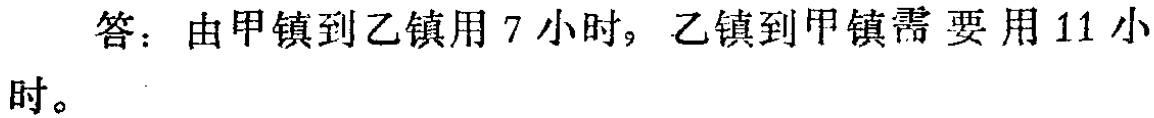
答：由甲镇到乙镇用 7 小时，乙镇到甲镇需要用 11 小时。